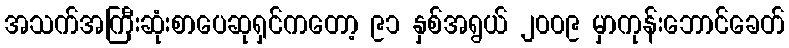
အသက်အကြီးဆုံးစာပေဆုရှင်ကတော့ ၉၁ နှစ်အရွယ် ၂၀၀၉ မှာကုန်းဘောင်ခေတ်